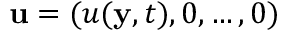
\mathbf { u } = ( u ( \mathbf { y } , t ) , 0 , \dots , 0 )